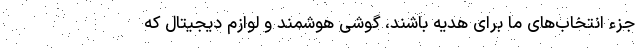
جزء انتخاب‌های ما برای هدیه باشند، گوشی‌ هوشمند و لوازم دیجیتال که